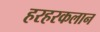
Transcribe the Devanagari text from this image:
हरहरकलान